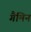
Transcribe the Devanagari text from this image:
गैमिन